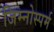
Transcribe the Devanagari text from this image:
जिम्‍नोस्‍पर्म